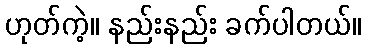
ဟုတ်ကဲ့။ နည်းနည်း ခက်ပါတယ်။